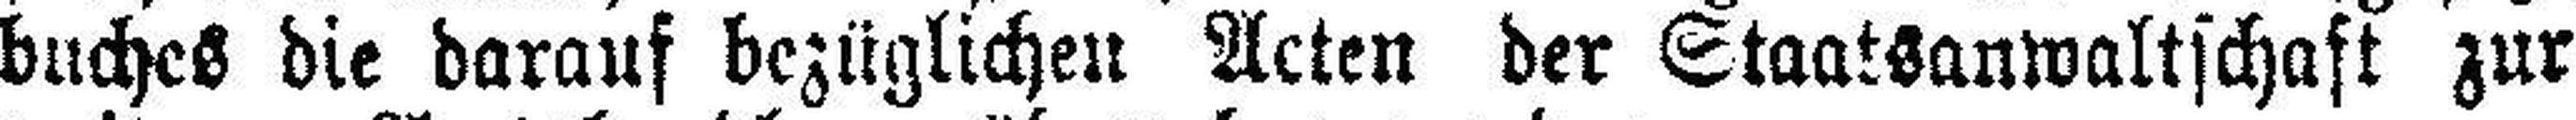
buches die darauf bezüglichen Acten der Staatsanwaltschaft zur